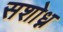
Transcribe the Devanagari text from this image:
सशोध्न